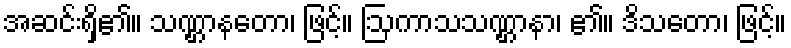
အဆင်းရှိ၏။ သဏ္ဌာနတော၊ ဖြင့်။ ဩကာသသဏ္ဌာနာ၊ ၏။ ဒိသတော၊ ဖြင့်။